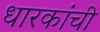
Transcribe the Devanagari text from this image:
धारकांची